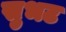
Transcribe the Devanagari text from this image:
सुभट